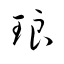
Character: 琅